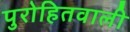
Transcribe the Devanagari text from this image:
पुरोहितवाली